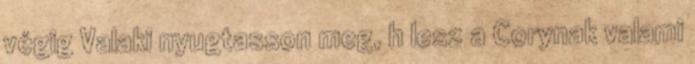
végig Valaki nyugtasson meg, h lesz a Corynak valami